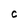
Character: C